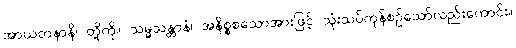
အာယတနာနိ၊ တို့ကို။ သမ္မသန္တာနံ၊ အနိစ္စစသောအားဖြင့် သုံးသပ်ကုန်စဉ်သော်လည်းကောင်း။